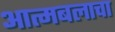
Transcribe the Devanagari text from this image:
आत्मबलाचा